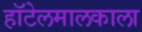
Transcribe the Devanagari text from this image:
हॉटेलमालकाला